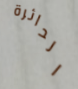
الدائرة